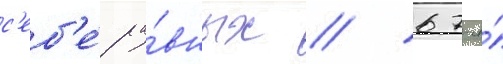
с'еб'е́ ра́вных // 67-я́